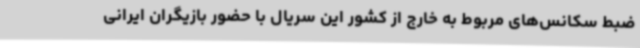
ضبط سکانس‌های مربوط به خارج از کشور این سریال با حضور بازیگران ایرانی